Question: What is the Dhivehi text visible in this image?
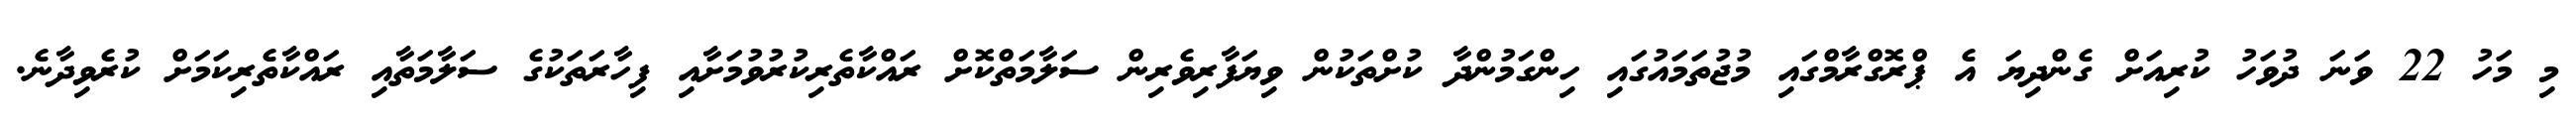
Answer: މި މަހު 22 ވަނަ ދުވަހު ކުރިއަށް ގެންދިޔަ އެ ޕްރޮގްރާމްގައި މުޖުތަމައުގައި ހިންގަމުންދާ ކުށްތަކުން ވިޔަފާރިވެރިން ސަލާމަތްކޮށް ރައްކާތެރިކުރުވުމަށާއި ފިހާރަތަކުގެ ސަލާމަތާއި ރައްކާތެރިކަމަށް ކުރެވިދާނެ.